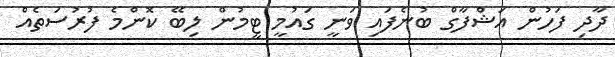
ދާދި ފަހުން އަޝްފާގް ބުނެފައި ވަނީ ގައުމީ ޓީމުން ލިބޭ ކޮންމެ ފުރުސަތެއް